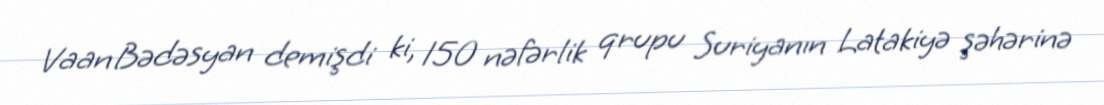
Vaan Bədəsyan demişdi ki, 150 nəfərlik qrupu Suriyanın Latakiyə şəhərinə